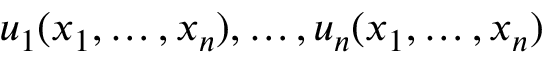
u _ { 1 } ( x _ { 1 } , \dots , x _ { n } ) , \dots , u _ { n } ( x _ { 1 } , \dots , x _ { n } )